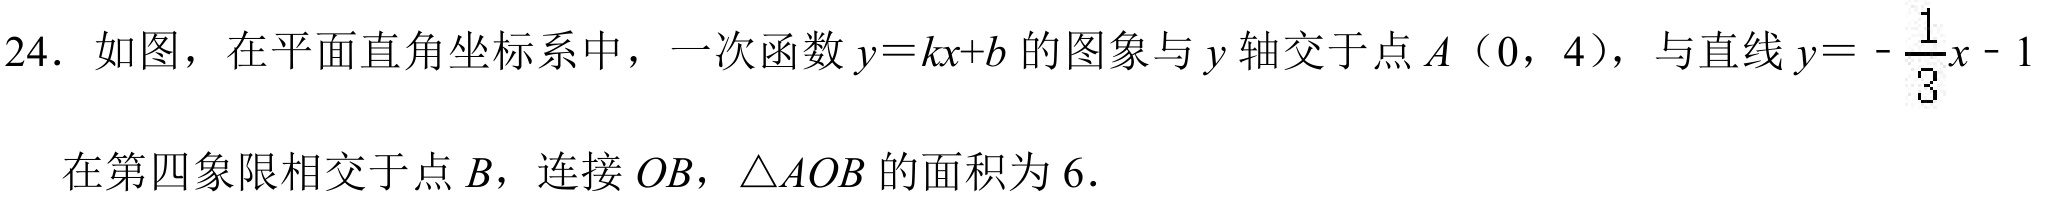
24. 如图，在平面直角坐标系中，一次函数\(y = kx + b\)的图象与\(y\)轴交于点\(A(0,4)\)，与直线\(y = -\frac{1}{3}x - 1\)在第四象限相交于点\(B\)，连接\(OB\)，\(\triangle AOB\)的面积为\(6\).